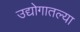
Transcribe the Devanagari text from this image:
उद्योगातल्या